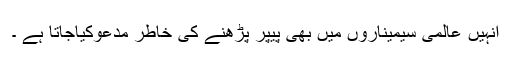
انہیں عالمی سیمیناروں میں بھی پیپر پڑھنے کی خاطر مدعوکیاجاتا ہے ۔